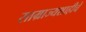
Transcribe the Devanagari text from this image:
साम्राज्यशाहीचे